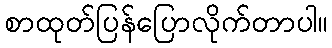
စာထုတ်ပြန်ပြောလိုက်တာပါ။